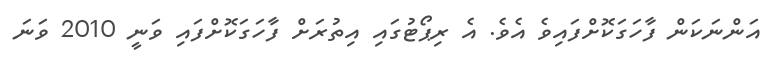
އަންނަކަން ފާހަގަކޮށްފައިވެ އެވެ. އެ ރިޕޯޓުގައި އިތުރަށް ފާހަގަކޮށްފައި ވަނީ 2010 ވަނަ